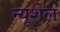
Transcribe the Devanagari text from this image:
न्यूशेल